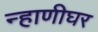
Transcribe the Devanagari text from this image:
न्हाणीघर